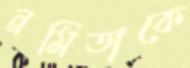
নমিতাকে